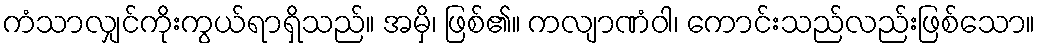
ကံသာလျှင်ကိုးကွယ်ရာရှိသည်။ အမှိ၊ ဖြစ်၏။ ကလျာဏံဝါ၊ ကောင်းသည်လည်းဖြစ်သော။